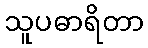
သူပဓာရိတာ